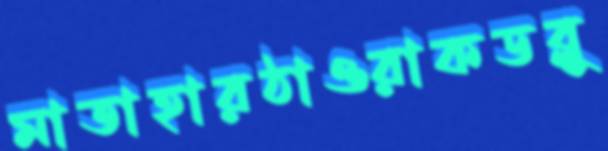
মাতাহারঠাওরাকডব্লু